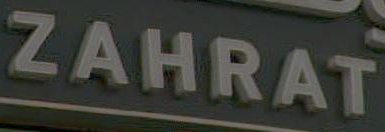
ZAHRAT